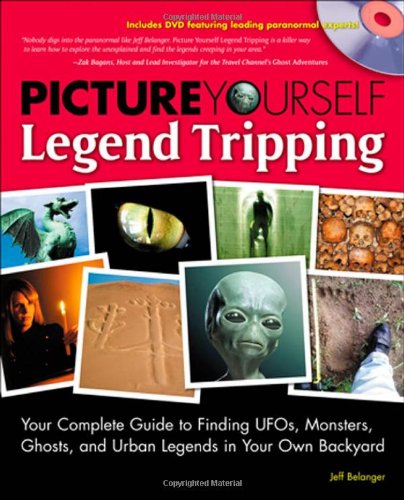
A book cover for Picture Yourself Legend Tripping: Your Complete Guide to Finding UFOs, Monsters, Ghosts, and Urban Legends in Your Own Backyard; Jeff Belanger; Humor & Entertainment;